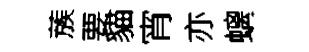
蔟要貓宵亦螭